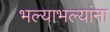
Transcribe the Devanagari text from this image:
भल्याभल्यांना